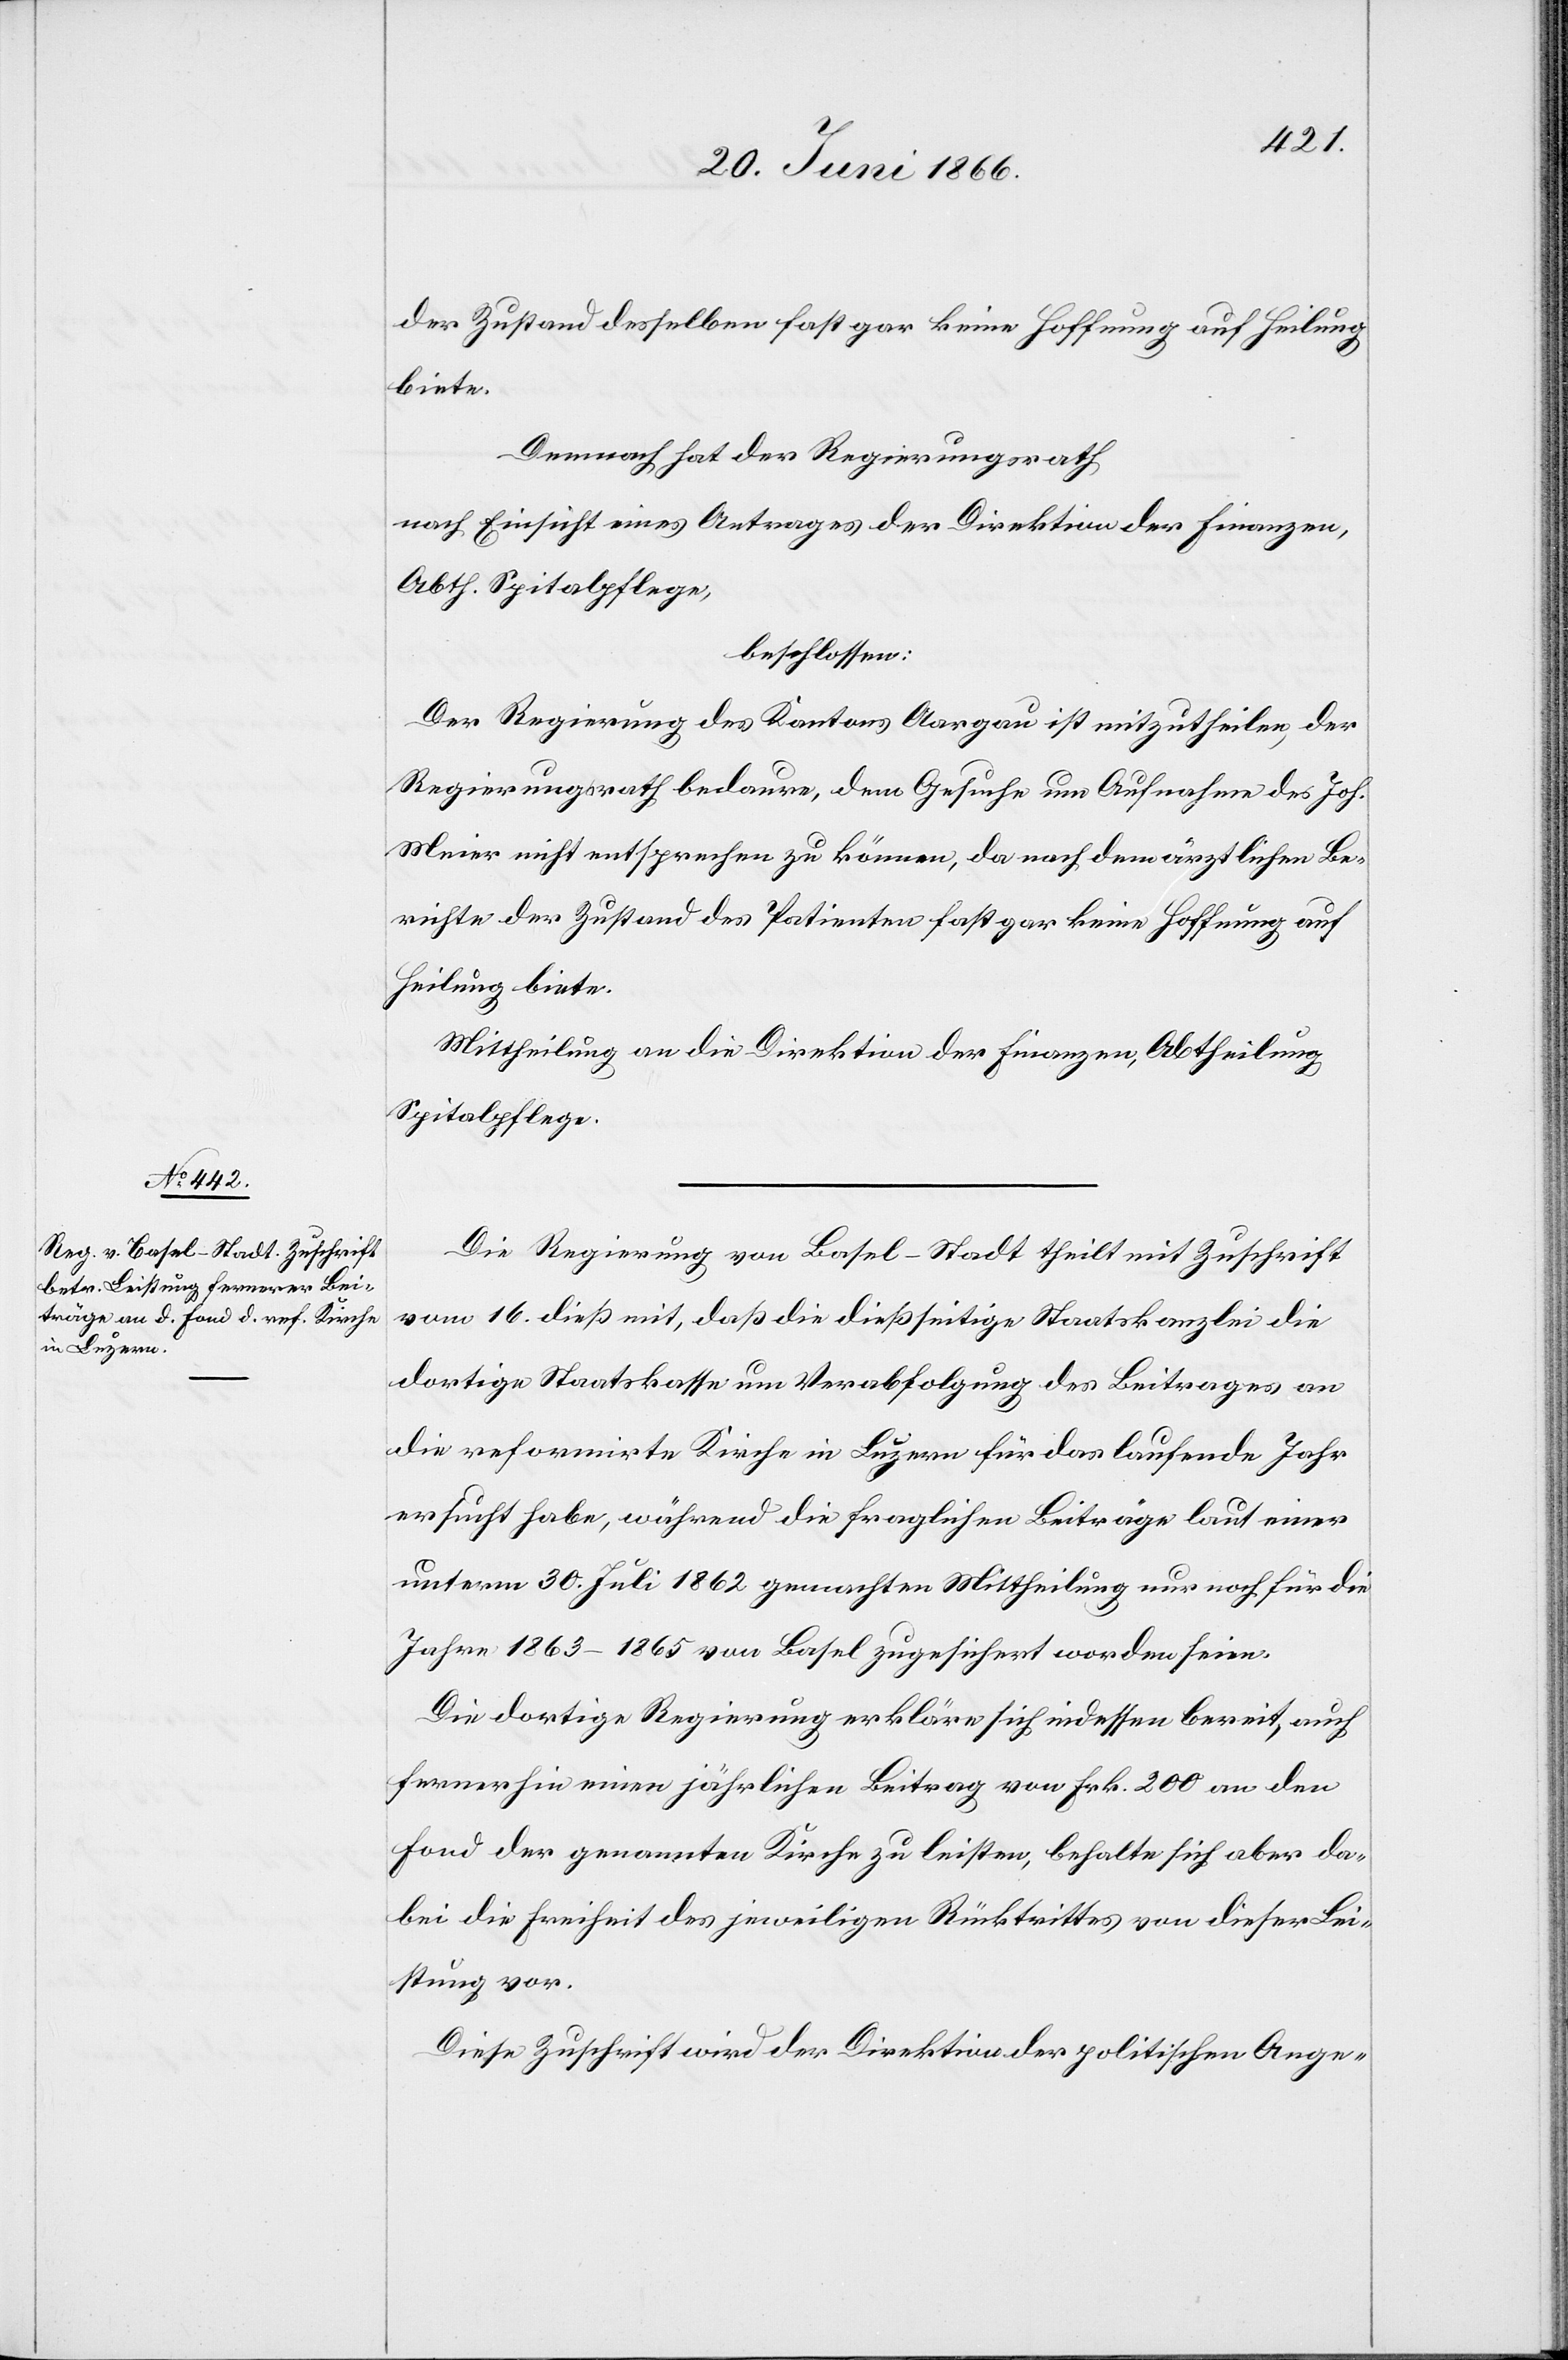
der Zustand desselben fast gar keine Hoffnung auf Heilung
biete.
Demnach hat der Regierungsrath
nach Einsicht eines Antrages der Direktion der Finanzen,
Abth. Spitalpflege,
beschlossen:
Der Regierung des Kantons Aargau ist mitzutheilen, der
Regierungsrath bedaure, dem Gesuche um Aufnahme des Joh.
Meier nicht entsprechen zu können, da nach dem ärztlichen Be¬
richte der Zustand des Patienten fast gar keine Hoffnung auf
Heilung biete.
Mittheilung an die Direktion der Finanzen, Abtheilung
Spitalpflege.
Die Regierung von Basel-Stadt theilt mit Zuschrift
vom 16. dieß mit, daß die dießseitige Staatskanzlei die
dortige Staatskasse um Verabfolgung des Beitrages an
die reformirte Kirche in Luzern für das laufende Jahr
ersucht habe, während die fraglichen Beiträge laut einer
unterm 30. Juli 1862 gemachten Mittheilung nur noch für die
Jahre 1863–1865 von Basel zugesichert worden seien.
Die dortige Regierung erklärt sich indessen bereit, auch
fernerhin einen jährlichen Beitrag von Frk. 200 an den
Fond der genannten Kirche zu leisten, behalte sich aber da¬
bei die Freiheit des jeweiligen Rücktrittes von dieser Lei¬
stung vor.
Diese Zuschrift wird der Direktion der politischen Ange-